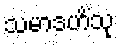
သမာဒဟိံသု